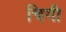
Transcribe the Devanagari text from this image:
चिगी